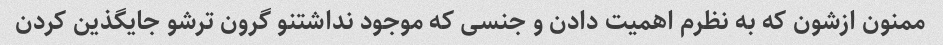
ممنون ازشون که به نظرم اهمیت دادن و جنسی که موجود نداشتنو گرون ترشو جایگذین کردن